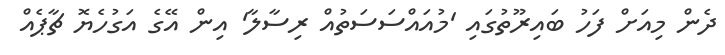
ދެން މިއަށް ފަހު ބައިރޫތުގައި 'މުއައްސަސަތުއް ރިސާލާ' އިން އޭގެ އަގުހެޔޮ ޗާޕެއް